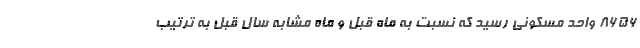
۸۶۵۶ واحد مسکونی رسید که نسبت به ماه قبل و ماه مشابه سال قبل به ترتیب